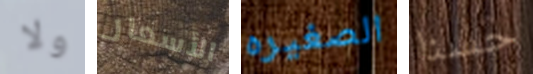
ولا الأسعار الصغيره حسنا